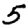
Digit: 5